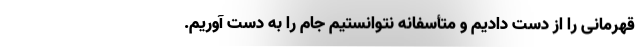
قهرمانی را از دست دادیم و متأسفانه نتوانستیم جام را به دست آوریم.